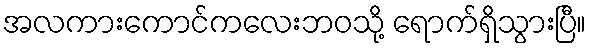
အလကားကောင်ကလေးဘဝသို့ ရောက်ရှိသွားပြီ။